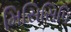
મિસિસિપિ